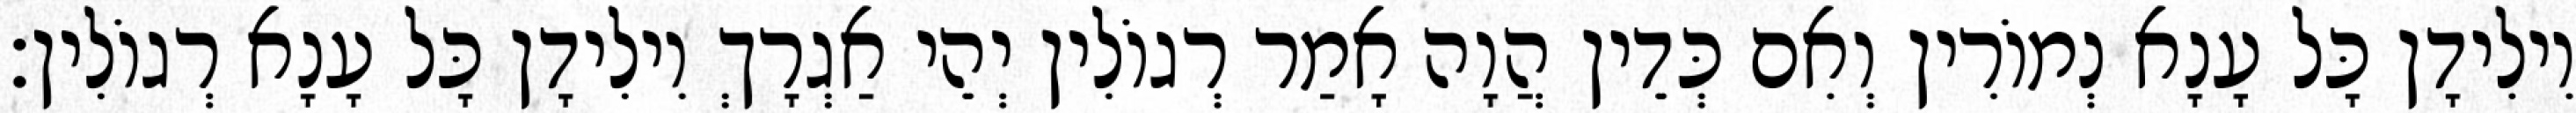
וִילִידָן כָּל עָנָא נְמוֹרִין וְאִם כְּדֵין הֲוָה אָמַר רְגוֹלִין יְהֵי אַגְרָךְ וִילִידָן כָּל עָנָא רְגוֹלִין׃